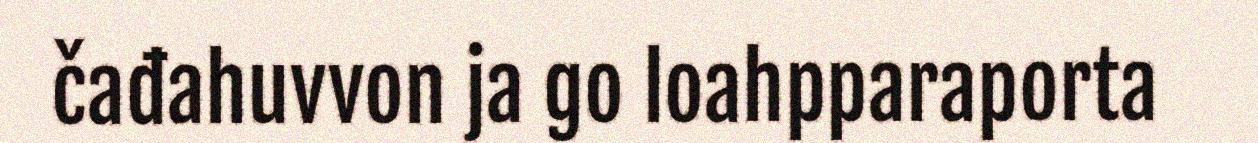
čađahuvvon ja go loahpparaporta